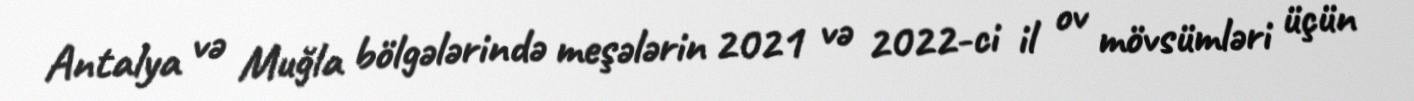
Antalya və Muğla bölgələrində meşələrin 2021 və 2022-ci il ov mövsümləri üçün